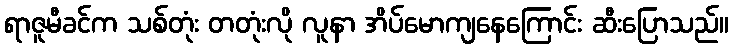
ရာဇူမီခင်က သစ်တုံး တတုံးလို လူနာ အိပ်မောကျနေကြောင်း ဆီးပြောသည်။